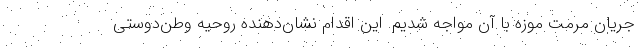
جریان مرمت موزه با آن مواجه شدیم. این اقدام نشان‌دهنده روحیه وطن‌دوستی